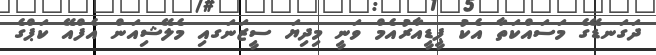
ދަގަނޑޭގެ މަސައްކަތާ އެކު ޕީޑީއާރުއެމް ވަނީ މިދިޔަ ސީޒަނަގއި މެލޭޝިއަން އެފްއޭ ކަޕްގެ